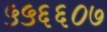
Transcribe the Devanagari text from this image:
५५६६०७